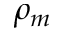
\rho _ { m }